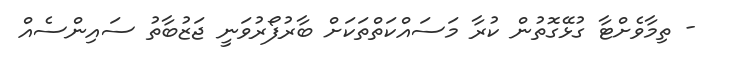
- ތިމާވެށްޓާ ގުޅޭގޮތުން ކުރާ މަސައްކަތްތަކަށް ބާރުފޯރުވަނީ ޖަޒުބާތު ސައިންސެއް